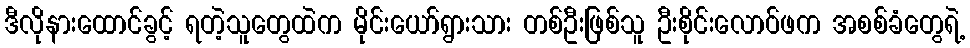
ဒီလိုနားထောင်ခွင့် ရတဲ့သူတွေထဲက မိုင်းယော်ရွားသား တစ်ဦးဖြစ်သူ ဦးစိုင်းလောဝ်ဖက အစစ်ခံတွေရဲ့